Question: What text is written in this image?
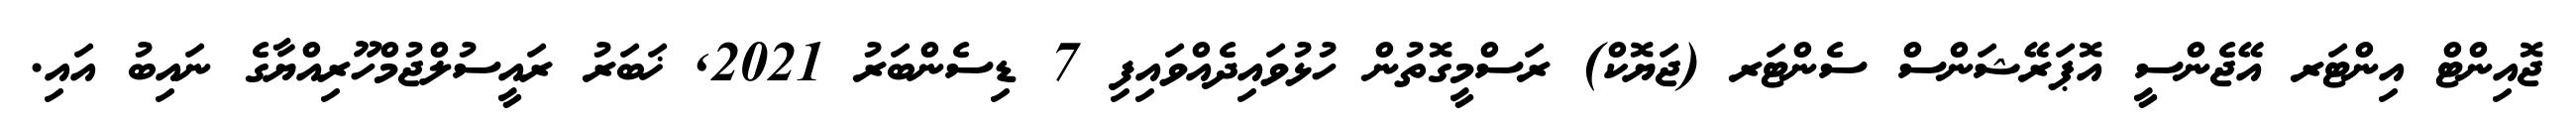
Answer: ޖޮއިންޓް އިންޓަރ އޭޖެންސީ އޮޕަރޭޝަންސް ސެންޓަރ (ޖަޔޮކް) ރަސްމީގޮތުން ހުޅުވައިދެއްވައިފި 7 ޑިސެންބަރު 2021, ޚަބަރު ރައީސުލްޖުމްހޫރިއްޔާގެ ނައިބު އައި.